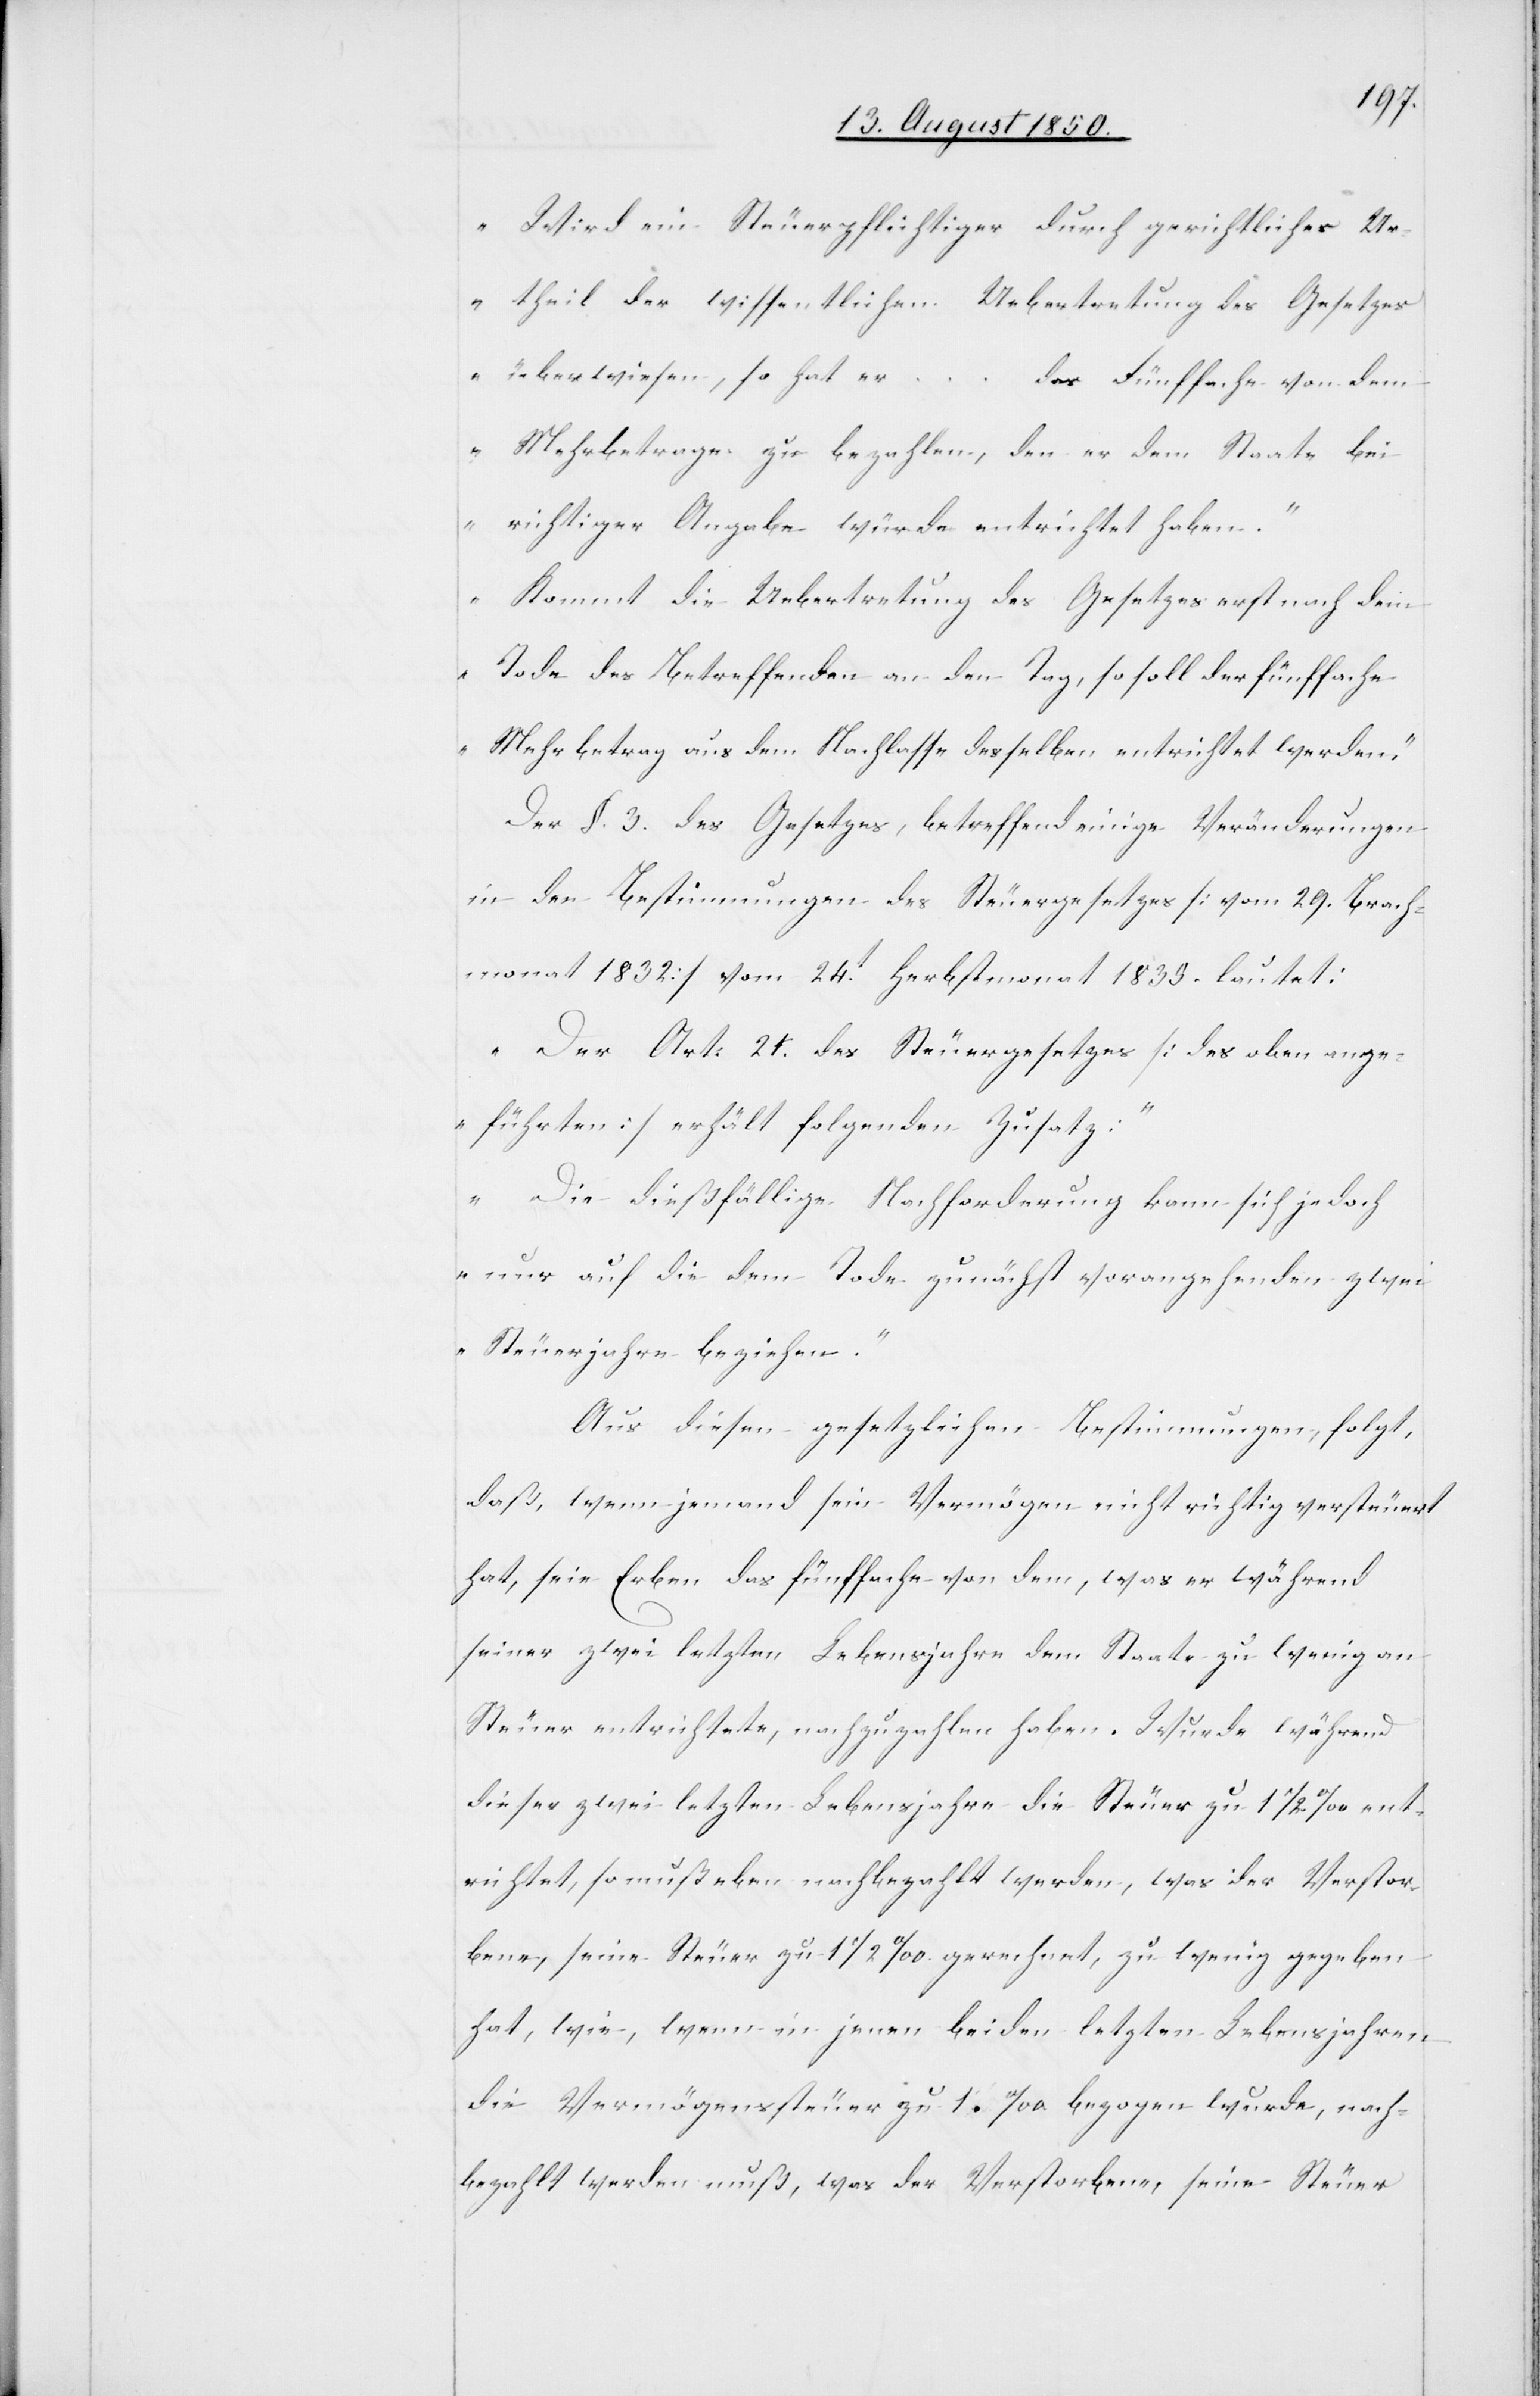
„Wird ein Steuerpflichtiger durch gerichtliches Ur¬
theil der wissentlichen Uebertretung des Gesetzes
überwiesen, so hat er
…
das Fünffache von dem
Mehrbetrage zu bezahlen, den er dem Staate bei
richtiger Angabe würde entrichtet haben.“
„Kommt die Uebertretung des Gesetzes erst nach dem
Tode des Betreffenden an den Tag, so soll der fünffache
Mehrbetrag aus dem Nachlasse desselben entrichtet werden.“
Der §. 3. des Gesetzes, betreffend einige Veränderungen
in den Bestimmungen des Steuergesetzes [vom 29. Brach¬
monat 1832] vom 24t Herbstmonat 1835. lautet:
„Der Art. 21. des Steuergesetzes [des oben ange¬
führten] erhält folgenden Zusatz:“
„Die dießfällige Nachforderung kann sich jedoch
nur auf die dem Tode zunächst vorangehenden zwei
Steuerjahre beziehen.“
Aus diesen gesetzlichen Bestimmungen, folgt,
daß, wenn jemand sein Vermögen nicht richtig versteuert
hat, sei[n]e Erben das fünffache von dem, was er während
seiner zwei letzten Lebensjahre dem Staate zu wenig an
Steuer entrichtete, nachzuzahlen haben. Wurde während
dieser zwei letzten Lebensjahre die Steuer zu 1 1/2 ‰ ent¬
richtet, so muß eben nachbezahlt werden, was der Verstor¬
bene, seine Steuer zu 1 1/2 ‰ gerechnet, zu wenig gegeben
hat, wie, wenn in jenen beiden letzten Lebensjahren
die Vermögenssteuer zu 1 ‰ bezogen wurde, nach¬
bezahlt werden muß, was der Verstorbene, seine Steuer